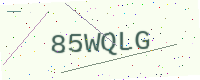
Text: 85WQLG